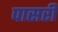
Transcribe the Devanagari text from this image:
पासरी